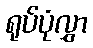
ရုပ်ပုံလွှာ